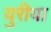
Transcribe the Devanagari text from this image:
युरीया